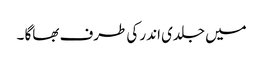
میں جلدی اندر کی طرف بھاگا ۔